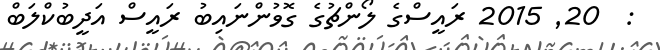
:  20